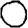
Digit: 0